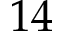
1 4